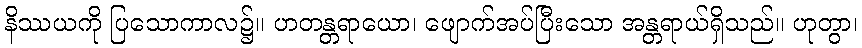
နိဿယကို ပြသောကာလ၌။ ဟတန္တရာယော၊ ဖျောက်အပ်ပြီးသော အန္တရာယ်ရှိသည်။ ဟုတွာ၊